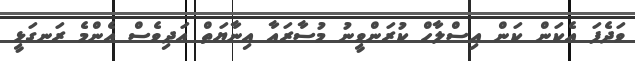
ވަދެފަ އެކަން ކަން އިސްލާހް ކުރަންވީނު މުސާރައާ އިނާޔަތް އަދިވެސް އެންމެ ރަނގަޅީ